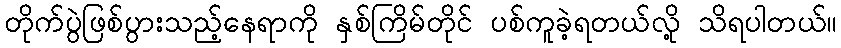
တိုက်ပွဲဖြစ်ပွားသည့်နေရာကို နှစ်ကြိမ်တိုင် ပစ်ကူခဲ့ရတယ်လို့ သိရပါတယ်။